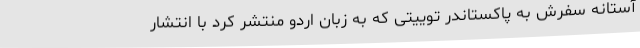
آستانه سفرش به پاکستاندر توییتی که به زبان اردو منتشر کرد با انتشار